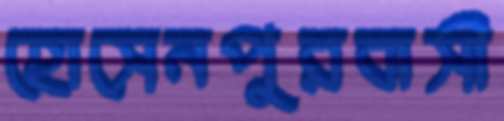
হোসেনপুরবাসী